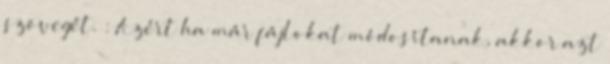
szövegét. : Azért ha már fájlokat módosítanak, akkor azt